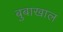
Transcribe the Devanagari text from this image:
बुबाखाल